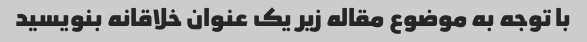
با توجه به موضوع مقاله زیر یک عنوان خلاقانه بنویسید